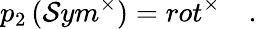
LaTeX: p_{2}\left(\mathcal{S}ym^{\times}\right)=rot^{\times}\quad.